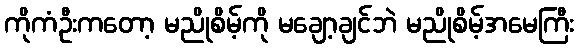
ကိုကံဦးကတော့ မညိုစိမ့်ကို မချော့ချင်ဘဲ မညိုစိမ့်အမေကြီး